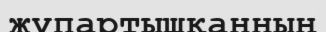
жұпартышқанның